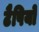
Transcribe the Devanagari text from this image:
टैपियो